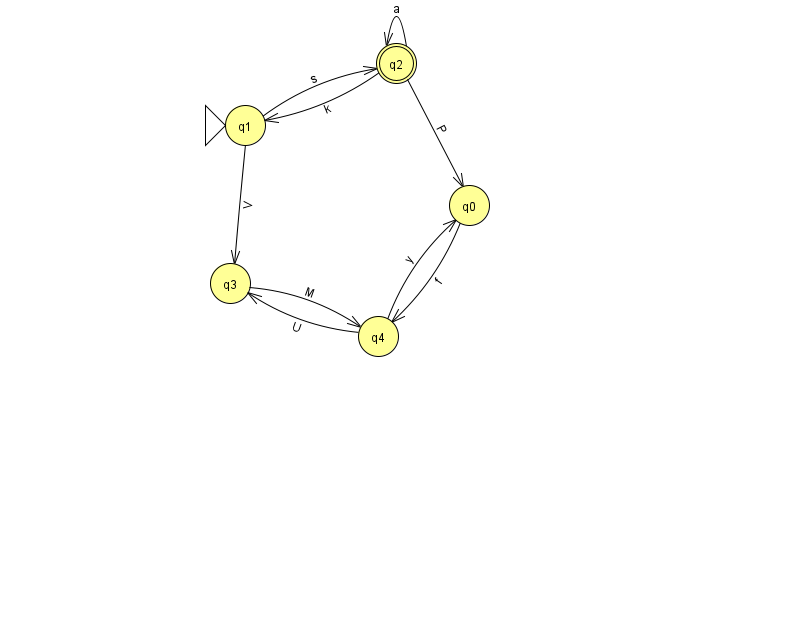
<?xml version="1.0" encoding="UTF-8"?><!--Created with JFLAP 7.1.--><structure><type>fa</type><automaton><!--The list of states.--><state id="0" name="q0"><x>469.0</x><y>192.0</y></state><state id="1" name="q1"><x>245.0</x><y>112.0</y><initial/></state><state id="2" name="q2"><x>396.0</x><y>50.0</y><final/></state><state id="3" name="q3"><x>230.0</x><y>270.0</y></state><state id="4" name="q4"><x>378.0</x><y>323.0</y></state><!--The list of transitions.--><transition><from>2</from><to>0</to><read>P</read></transition><transition><from>2</from><to>2</to><read>a</read></transition><transition><from>4</from><to>0</to><read>y</read></transition><transition><from>2</from><to>1</to><read>k</read></transition><transition><from>3</from><to>4</to><read>M</read></transition><transition><from>1</from><to>3</to><read>V</read></transition><transition><from>0</from><to>4</to><read>f</read></transition><transition><from>1</from><to>2</to><read>s</read></transition><transition><from>4</from><to>3</to><read>U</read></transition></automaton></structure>